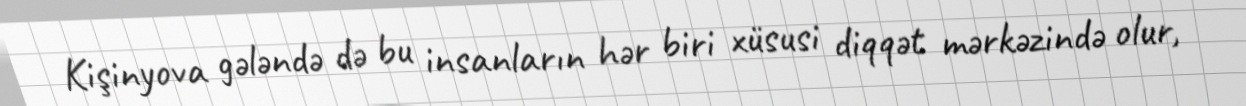
Kişinyova gələndə də bu insanların hər biri xüsusi diqqət mərkəzində olur,